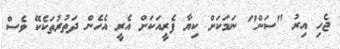
ޖެހި އިރު "ސަން" ނަމަކަށް ކިޔާ ފެރީއަކަށް އެރީ އެހެން ދަތުރުތަކެކޭ ވެސް